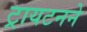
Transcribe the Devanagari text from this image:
ट्रायटनने